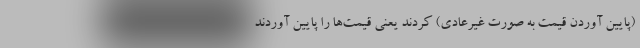
(پایین آوردن قیمت به صورت غیرعادی) کردند یعنی قیمت‌ها را پایین آوردند